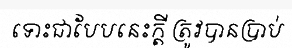
ទោះជាបែបនេះក្តី ត្រូវបានប្រាប់